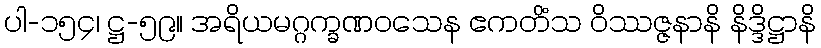
ပါ-၁၅၄၊ ဋ္ဌ-၅၉။ အရိယမဂ္ဂက္ခဏဝသေန ဧကတိံသ ဝိဿဇ္ဇနာနိ နိဒ္ဒိဋ္ဌာနိ